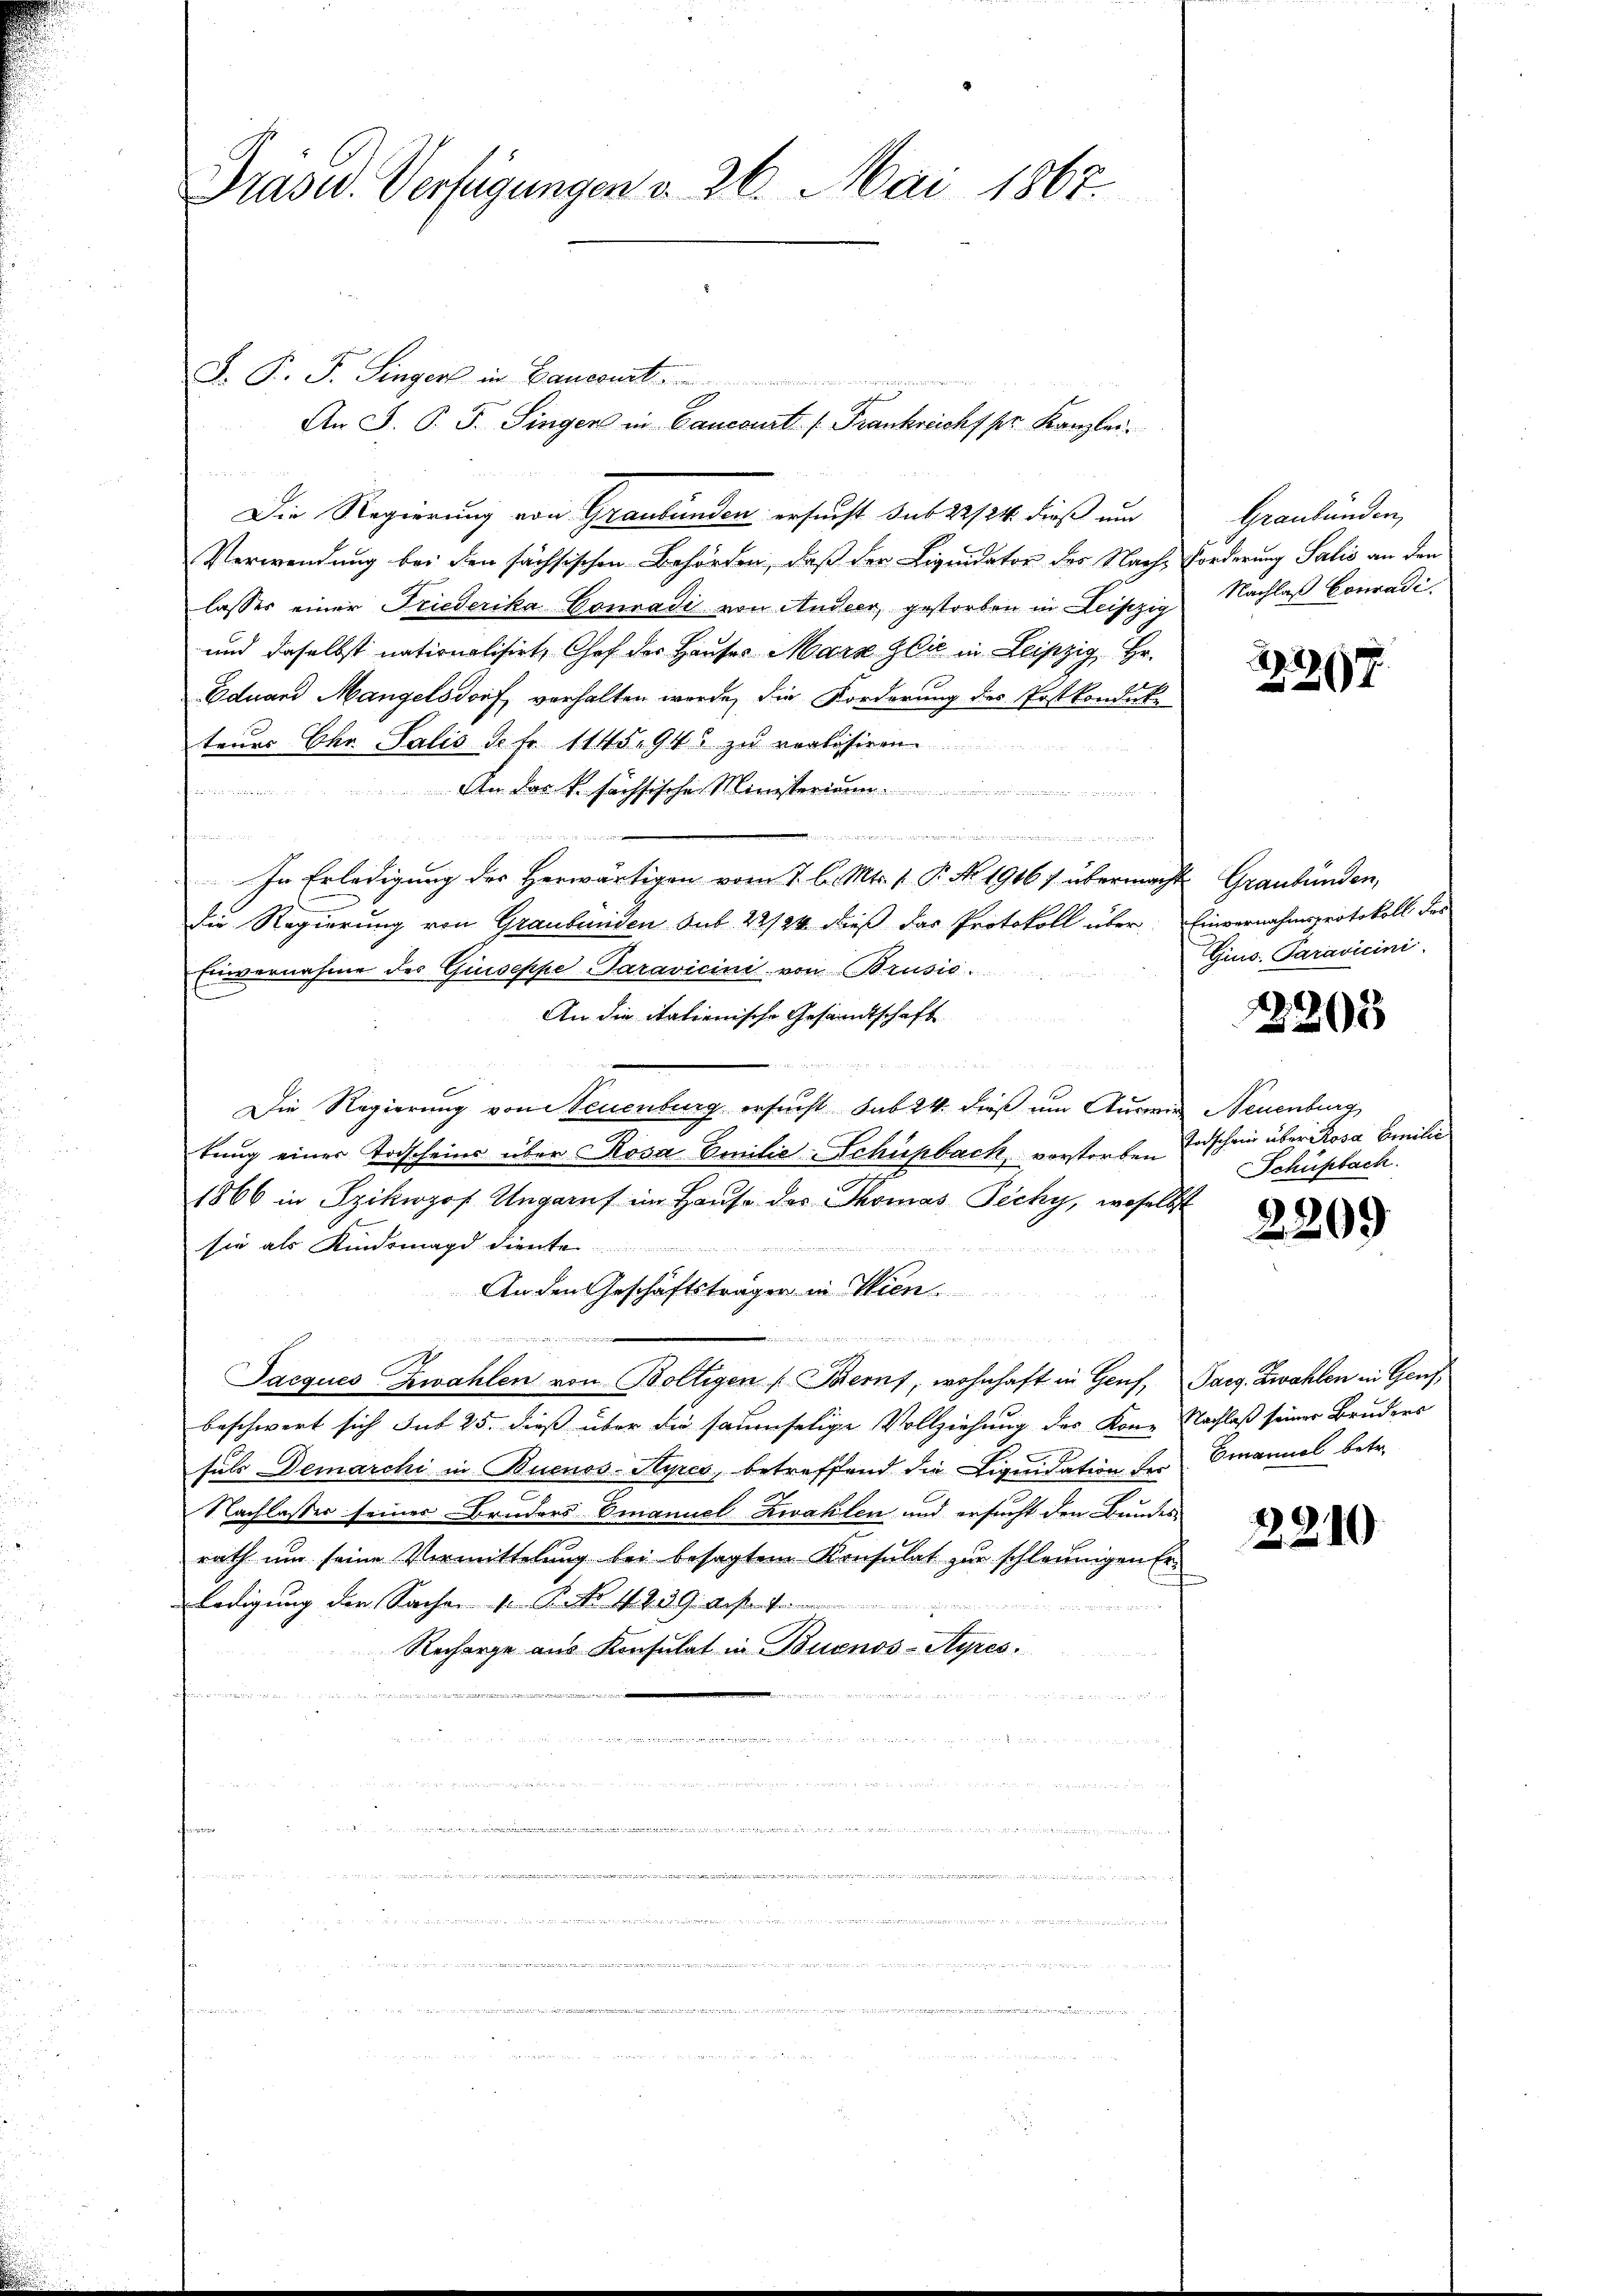
Drasid. Verfügungen v. 26. Mai 1867.

J. P. F. Singers in Bauernst
An F. P. F. Singen in Cancourt f. Frankreicht pr. Kanzlei.
Die Regierung von Graubünden ersucht sub 22/24. dieß um
Verwendung bei den sächsischen Behörden, daß der Liquidator des Nach Forderung Salis an den
lasser einer Friederika Conradi von Andeer, gestorben in Leiszig
und daselbst nationalisirt, Chef der Hauses Marx Zlić in Leipzig, Hr.
Eduard Mangelsdorf verhalten wurde, die Forderung des Postkonduk-
teuer Chr. Salis d. fr. 1145, 945 zu verlisiren.
n
An das k. sächsische Minister

iis aus der einigen und ein werden, werde des Herrn Herr
In Erledigung des Herwärtigen vom 7. d. Mts. 1. P. No. 19167 übermacht Graubünden,
Die Regierung von Graubünden Sub 22/24 dieß das Protokoll über. Einvernahmsprotokoll des
Einvernahme des Giuseppe-Paravicini von Brusis.
An die italienische Gesandtschaft
Die Regierung von Neuenburg ersucht sub 24 dieß um Auswie Neuenburg
tung einer Todscheins über Rosa Emilie-Schüpbach, verstorben
1866 in Szikwgof Ungarns im Hause des Thomas Zichy, woselbst
sie als Kindemagd diente
An den Geschäftsträgen in Wien

Jacques Zwahlen von Boltigen (Baernf, wohnhaft in Genf, Sarg. Zwahlen in Gensbeschwert sich sub 25. dieß über die saumselige Vollziehung des Kon- Nachlaß seiner Bruders
suls Demarchi in Buenos-Ayres, betreffend die Liquidation des Emanuel betr.
Nachlasser seiner Bruders Emanuel Zwahlen und ersucht den Bundes
rath um seine Vermittelung bei besagtem Konsulat zur schleunigen Erledigung der Sachen von Ro. 4239 Art. 4
Recharge aus Konsulat in Buenos-Ayres.
.
n

u et der die der in der genannt

.

Graubünden,
Nachlaß Conradi

207

Gins. Paravicini

2205

Todschein über Rosa Emilie
Schüfebach.

2209

2210